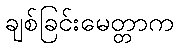
ချစ်ခြင်းမေတ္တာက